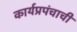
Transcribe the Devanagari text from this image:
कार्यप्रपंचाची